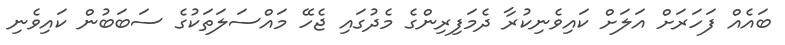
ބައެއް ފަހަރަށް އަލަށް ކައިވެނިކުރާ ދެމަފިރިންގެ މެދުގައި ޖެހޭ މައްސަލަތަކުގެ ސަބަބުން ކައިވެނި